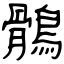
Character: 鶻